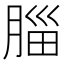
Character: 䐉